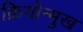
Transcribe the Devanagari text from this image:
क्रियोन्मुख